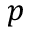
p